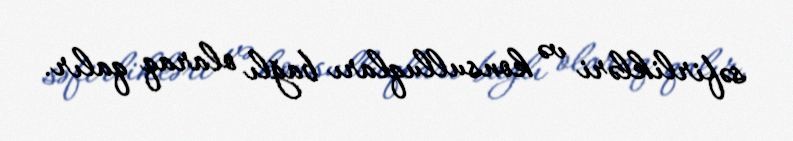
səfirlikləri və konsulluqları bağlı olaraq qalır.